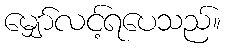
မျှော်လင့်ရပေသည်။